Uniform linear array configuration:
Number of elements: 48
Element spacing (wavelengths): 1
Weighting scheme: exponential
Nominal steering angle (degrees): -30
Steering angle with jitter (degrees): -28.276
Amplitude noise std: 0.05
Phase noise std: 0.05

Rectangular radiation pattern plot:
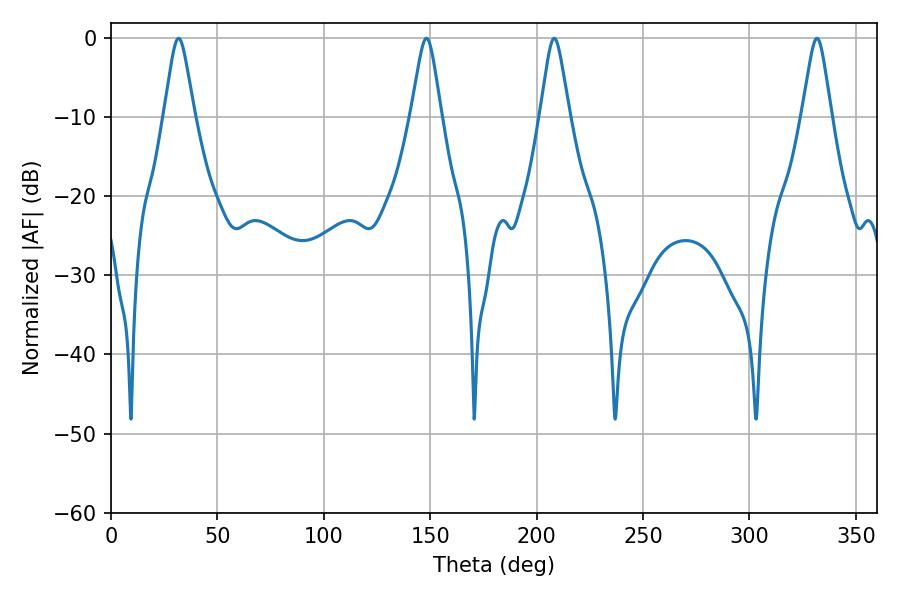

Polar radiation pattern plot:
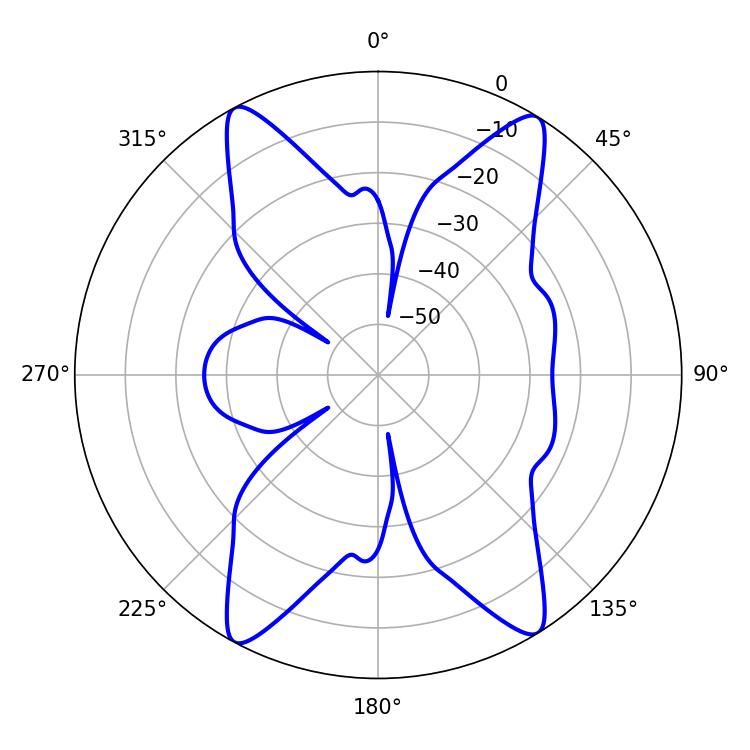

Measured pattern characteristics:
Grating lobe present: TRUE
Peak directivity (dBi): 19.319
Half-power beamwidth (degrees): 6.48
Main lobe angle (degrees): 208.26